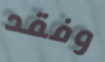
وفقد